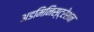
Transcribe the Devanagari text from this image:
अडमिनिस्ट्रेशन